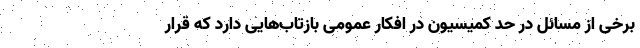
برخی از مسائل در حد کمیسیون در افکار عمومی بازتاب‌هایی دارد که قرار